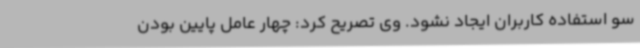
سو استفاده کاربران ایجاد نشود. وی تصریح کرد: چهار عامل پایین بودن